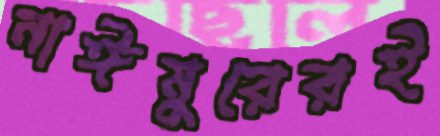
নাঈমুরেরই